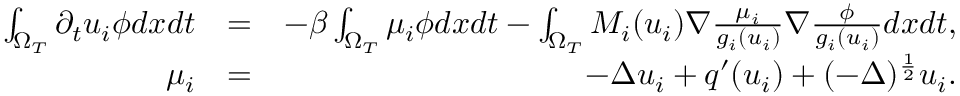
\begin{array} { r l r } { \int _ { \Omega _ { T } } \partial _ { t } u _ { i } \phi d x d t } & { = } & { - \beta \int _ { \Omega _ { T } } \mu _ { i } \phi d x d t - \int _ { \Omega _ { T } } M _ { i } ( u _ { i } ) \nabla \frac { \mu _ { i } } { g _ { i } ( u _ { i } ) } \nabla \frac { \phi } { g _ { i } ( u _ { i } ) } d x d t , } \\ { \mu _ { i } } & { = } & { - \Delta u _ { i } + q ^ { \prime } ( u _ { i } ) + ( - \Delta ) ^ { \frac { 1 } { 2 } } u _ { i } . } \end{array}